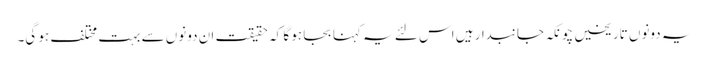
یہ دونوں تاریخیں چونکہ جانبدار ہیں اس لئے یہ کہنا بجا ہو گا کہ حقیقت ان دونوں سے بہت مختلف ہو گی۔